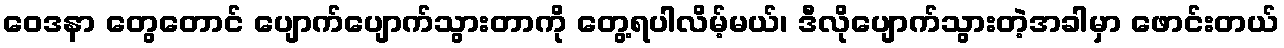
ဝေဒနာ တွေတောင် ပျောက်ပျောက်သွားတာကို တွေ့ရပါလိမ့်မယ်၊ ဒီလိုပျောက်သွားတဲ့အခါမှာ ဖောင်းတယ်